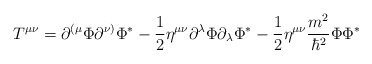
\begin{align*}T^{\mu \nu }=\partial ^{(\mu }\Phi \partial ^{\nu )}\Phi ^{*}-\frac 12\eta^{\mu \nu }\partial ^\lambda \Phi \partial _\lambda \Phi ^{*}-\frac 12\eta^{\mu \nu }\frac{m^2}{\hbar ^2}\Phi \Phi ^{*} \end{align*}